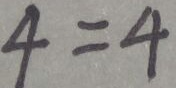
4 = 4